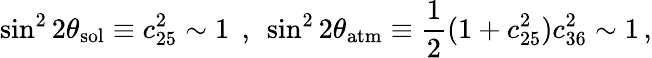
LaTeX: \sin^{2}2\theta_{\mathrm{sol}}\equiv c_{25}^{2}\sim 1\; \, ,\, \; \sin^{2}2\theta_{\mathrm{atm}}\equiv\frac{1}{2}(1+c_{25}^{2})c_{36}^{2}\sim 1\, ,